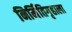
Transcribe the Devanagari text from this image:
निर्मितिगृहाला